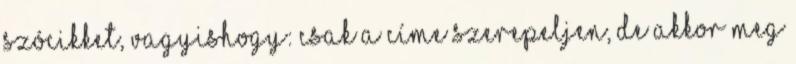
szócikket, vagyishogy: csak a címe szerepeljen, de akkor meg